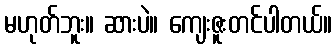
မဟုတ်ဘူး။ ဆားပဲ။ ကျေးဇူးတင်ပါတယ်။